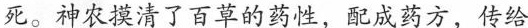
死。神农摸清了百草的药性，配成药方，传给